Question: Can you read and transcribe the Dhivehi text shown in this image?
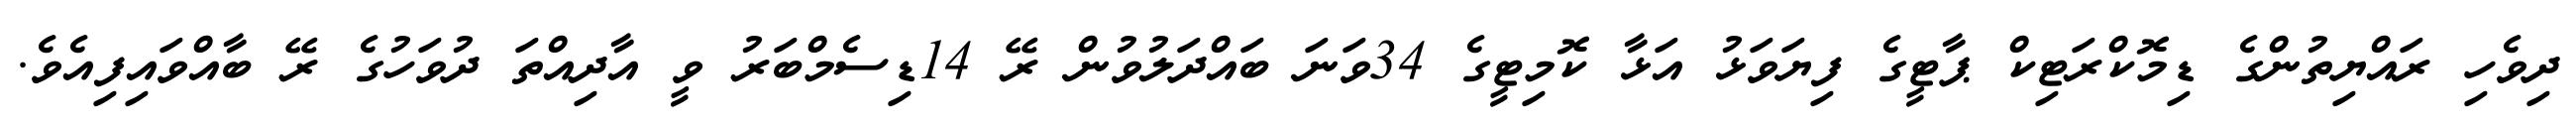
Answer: ދިވެހި ރައްޔިތުންގެ ޑިމޮކްރަޓިކް ޕާޓީގެ ފިޔަވަޅު އަޅާ ކޮމިޓީގެ 34ވަނަ ބައްދަލުވުން ރޭ 14ޑިސެމްބަރު ވީ އާދިއްތަ ދުވަހުގެ ރޭ ބާއްވައިފިއެވެ.